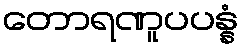
တောရဏူပပန္နံ